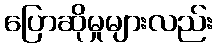
ပြောဆိုမှုများလည်း